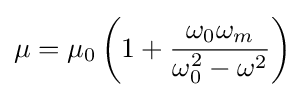
\mu =\mu _{0}\left(1+{\frac {\omega _{0}\omega _{m}}{\omega _{0}^{2}-\omega ^{2}}}\right)